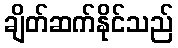
ချိတ်ဆက်နိုင်သည်